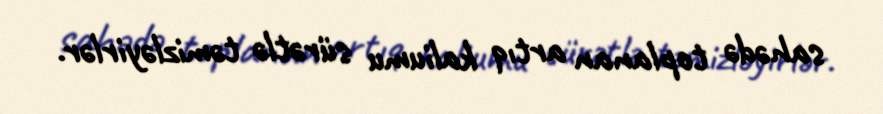
sahədə toplanan artıq kaliumu sürətlə təmizləyirlər.